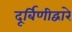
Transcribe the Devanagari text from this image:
दूर्बिणीद्वारे